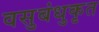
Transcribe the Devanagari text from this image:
वसुबंधुकृत